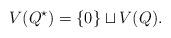
LaTeX: \begin{align*}V(Q^{\star})=\{0\} \sqcup V(Q). \end{align*}